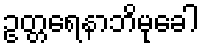
ဥတ္တရေနာဘိမုခေါ